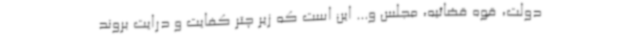
دولت، قوه قضائیه، مجلس و... این است که زیر چتر کفایت و درایت بروند